Document type: payment_order
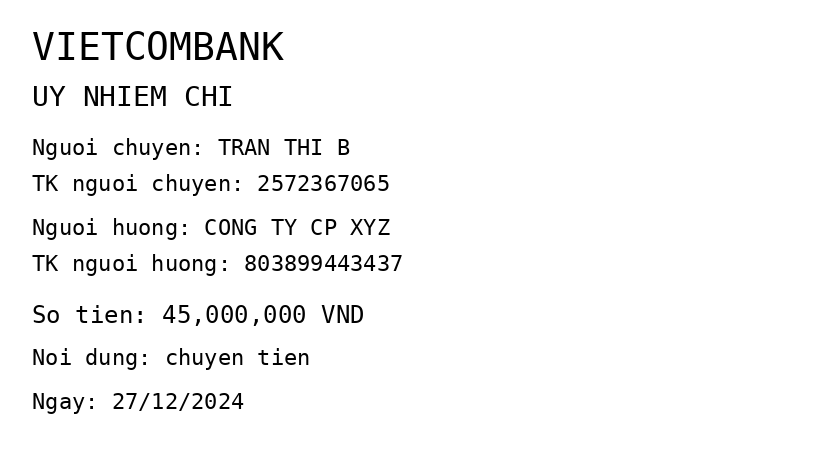
OCR transcript:
VIETCOMBANK
UY NHIEM CHI
Nguoi chuyen: TRAN THI B
TK nguoi chuyen: 2572367065
Nguoi huong: CONG TY CP XYZ
TK nguoi huong: 803899443437
So tien: 45,000,000 VND
Noi dung: chuyen tien
Ngay: 27/12/2024
Extracted fields:
bank_name: vietcombank
sender_name: tran thi b
sender_account: 2572367065
beneficiary_name: cong ty cp xyz
beneficiary_account: 803899443437
amount: 45000000
content: chuyen tien
date: 2024-12-27